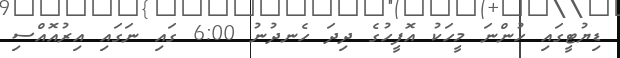
ޑިޔުޓީގައި ހުންނަ މީހަކު އޮފީހުގެ ދިދަ ހެނދުނު 6:00 ގައި ނަގައި އިރުއޮއްސި